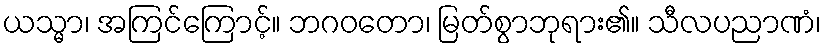
ယသ္မာ၊ အကြင်ကြောင့်။ ဘဂဝတော၊ မြတ်စွာဘုရား၏။ သီလပညာဏံ၊